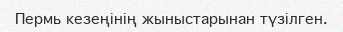
Пермь кезеңінің жыныстарынан түзілген.